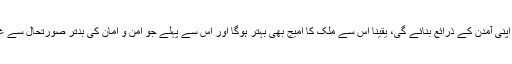
ہوٹلنگ انڈسٹری کو بھی فائدہ ہوگا، حکومت بھی ویزہ یا دیگر حوالوں سے اپنی آمدن کے ذرائع بنائے گی، یقیناً اس سے ملک کا امیج بھی بہتر ہوگا اور اس سے پہلے جو امن و امان کی بدتر صورتحال سے غیر ملکیوں نے پاکستان آنا چھوڑ دیا تھا، اب لوگ اس جانب رخ کریں گے۔